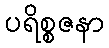
ပရိစ္စဇနာ